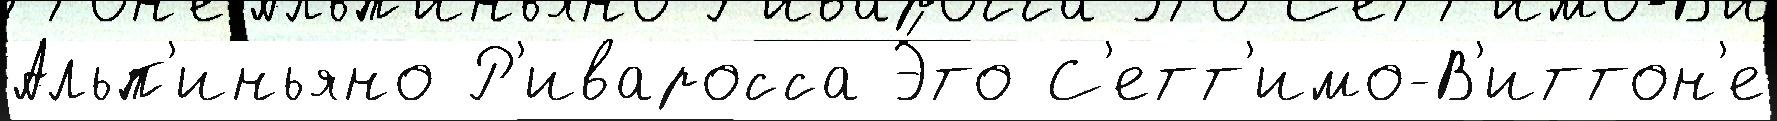
Альп'иньяно Р'иваросса Э́то С'етт'имо-В'иттон'е